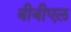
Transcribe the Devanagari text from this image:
बीबीएल